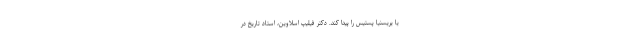
یا یریسنیا پستیس را پیدا کند. دکتر فیلیپ اسلاوین، استاد تاریخ در